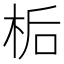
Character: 𪲉